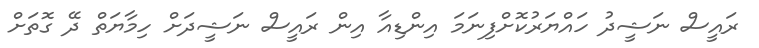
ރައީސް ނަޝީދު ހައްޔަރުކޮށްފިނަމަ އިންޑިއާ އިން ރައީސް ނަޝީދަށް ހިމާޔަތް ދޭ ގޮތަށް